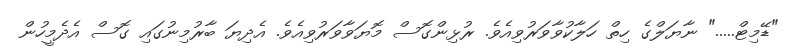
"ޑޭމިޓް....." ނާޔަލްގެ ހިތް ހަލާކުވާވަރުވިއެވެ. ރުޅިންގޮސް މޮޔަވާވަރުވިއެވެ. އެދިޔަ ބާރުމިނުގައި ގޮސް އެދެމީހުން